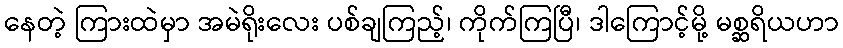
နေတဲ့ ကြားထဲမှာ အမဲရိုးလေး ပစ်ချကြည့်၊ ကိုက်ကြပြီ၊ ဒါကြောင့်မို့ မစ္ဆရိယဟာ